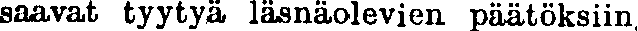
saavat tyytyä läsnäolevien päätöksiin,